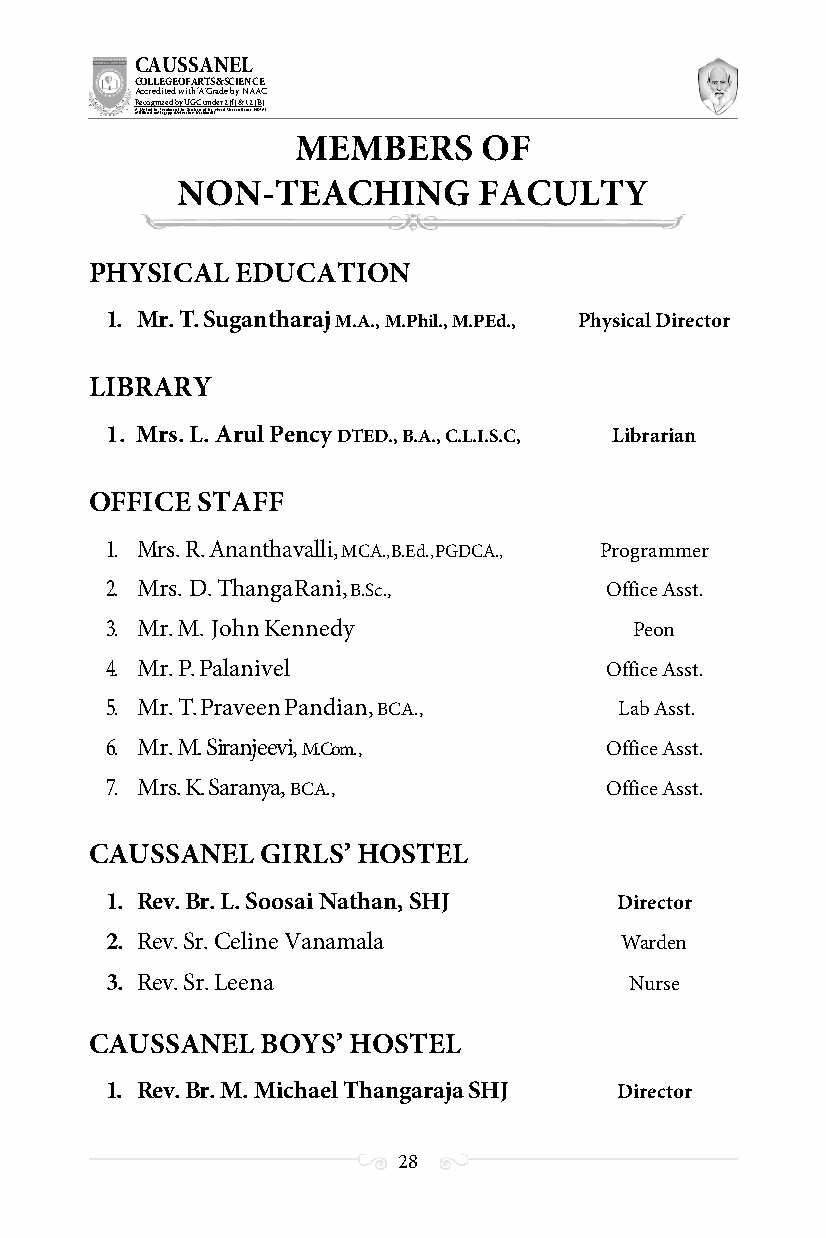
CAUSSANEL
 COLLEGE OF ARTS & SCIENCE
 Accredited with ‘A’ Grade by NAAC
 Recognized by UGC under 2 (f) & 12 (B)
 ((AA fUfilniaitt eodf ttoh eA Ilnasgtaitpuptae oUfn tihvee rBsirtoy,t hKerasr aoifk uthdei )S acred Heart of Jesus, INDIA)
 MEMBERS      OF
 NON-TEACHING        FACULTY
 PHYSICAL  EDUCATION
 1. Mr. T. Sugantharaj M.A., M.Phil., M.PEd., Physical Director
 LIBRARY
 1. Mrs. L. Arul Pency DTED., B.A., C.L.I.S.C, Librarian
 OFFICE STAFF
 1. Mrs. R. Ananthavalli, MCA., B.Ed., PGDCA., Programmer
 2. Mrs. D. Thanga Rani, B.Sc.,   Office Asst.
 3. Mr. M. John Kennedy             Peon
 4. Mr. P. Palanivel              Office Asst.
 5. Mr. T. Praveen Pandian, BCA.,  Lab Asst.
 6. Mr. M. Siranjeevi, M.Com.,    Office Asst.
 7. Mrs. K. Saranya, BCA.,        Office Asst.
 CAUSSANEL  GIRLS’ HOSTEL
 1. Rev. Br. L. Soosai Nathan, SHJ Director
 2. Rev. Sr. Celine Vanamala       Warden
 3. Rev. Sr. Leena                  Nurse
 CAUSSANEL  BOYS’ HOSTEL
 1. Rev. Br. M. Michael Thangaraja SHJ Director
 28